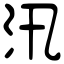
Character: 汛